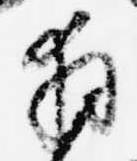
拝